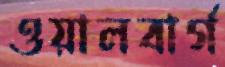
ওয়ালবার্গ